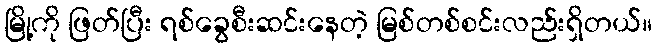
မြို့ကို ဖြတ်ပြီး ရစ်ခွေစီးဆင်းနေတဲ့ မြစ်တစ်စင်းလည်းရှိတယ်။